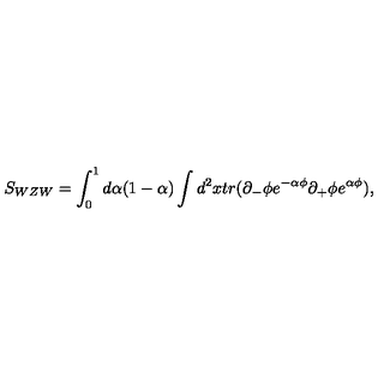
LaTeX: S _ { W Z W } = \int _ { 0 } ^ { 1 } d \alpha ( 1 - \alpha ) \int d ^ { 2 } x t r ( \partial _ { - } \phi e ^ { - \alpha \phi } \partial _ { + } \phi e ^ { \alpha \phi } ) ,